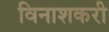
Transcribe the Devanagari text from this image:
विनाशकरी